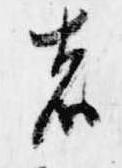
者